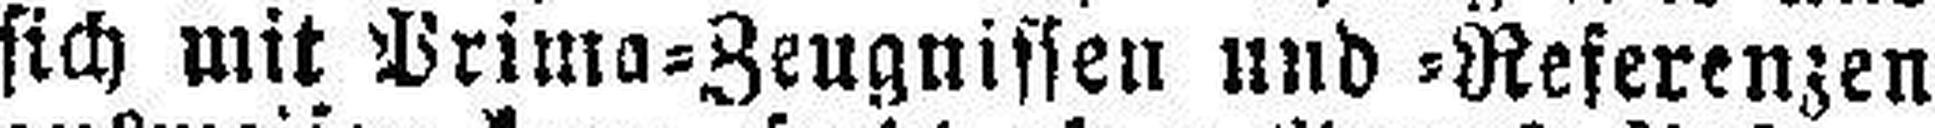
sich mit Prima=Zeugnissen und =Referenzen